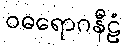
ဝဓရောဂနီဠံ